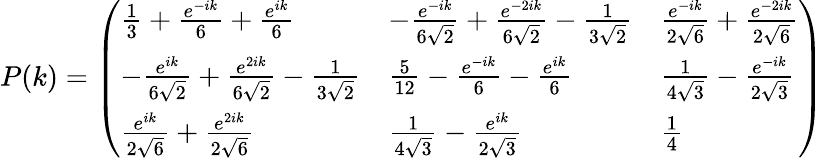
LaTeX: \begin{array}{r}{P(k)=\left(\begin{array}{lll}{\frac{1}{3}+\frac{e^{-ik}}{6}+\frac{e^{ik}}{6}}&{-\frac{e^{-ik}}{6\sqrt{2}}+\frac{e^{-2ik}}{6\sqrt{2}}-\frac{1}{3\sqrt{2}}}&{\frac{e^{-ik}}{2\sqrt{6}}+\frac{e^{-2ik}}{2\sqrt{6}}}\\ {-\frac{e^{ik}}{6\sqrt{2}}+\frac{e^{2ik}}{6\sqrt{2}}-\frac{1}{3\sqrt{2}}}&{\frac{5}{12}-\frac{e^{-ik}}{6}-\frac{e^{ik}}{6}}&{\frac{1}{4\sqrt{3}}-\frac{e^{-ik}}{2\sqrt{3}}}\\ {\frac{e^{ik}}{2\sqrt{6}}+\frac{e^{2ik}}{2\sqrt{6}}}&{\frac{1}{4\sqrt{3}}-\frac{e^{ik}}{2\sqrt{3}}}&{\frac{1}{4}}\end{array}\right)}\end{array}